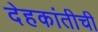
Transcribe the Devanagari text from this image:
देहकांतीची